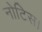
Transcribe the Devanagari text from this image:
नोटिस।